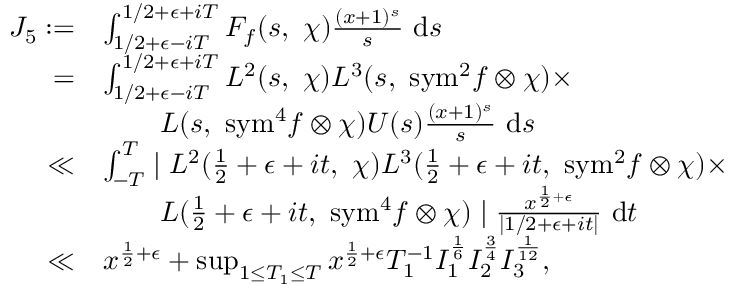
\begin{array} { r l } { J _ { 5 } : = } & { \int _ { 1 / 2 + \epsilon - i T } ^ { 1 / 2 + \epsilon + i T } F _ { f } ( s , \ \chi ) \frac { ( x + 1 ) ^ { s } } { s } \ \mathrm { d } s } \\ { = } & { \int _ { 1 / 2 + \epsilon - i T } ^ { 1 / 2 + \epsilon + i T } L ^ { 2 } ( s , \ \chi ) L ^ { 3 } ( s , \ { \mathrm { s y m } ^ { 2 } } f \otimes \chi ) \times } \\ & { \qquad L ( s , \ \mathrm { { s y m } } ^ { 4 } f \otimes \chi ) U ( s ) \frac { ( x + 1 ) ^ { s } } { s } \ \mathrm { d } s } \\ { \ll } & { \int _ { - T } ^ { T } \mid L ^ { 2 } ( \frac { 1 } { 2 } + \epsilon + i t , \ \chi ) L ^ { 3 } ( \frac { 1 } { 2 } + \epsilon + i t , \ { \mathrm { s y m } } ^ { 2 } f \otimes \chi ) \times } \\ & { \qquad L ( \frac { 1 } { 2 } + \epsilon + i t , \ { \mathrm { s y m } } ^ { 4 } f \otimes \chi ) \mid \frac { x ^ { \frac { 1 } { 2 } + \epsilon } } { \mid 1 / 2 + \epsilon + i t \mid } \ \mathrm { d } t } \\ { \ll } & { x ^ { \frac { 1 } { 2 } + \epsilon } + \operatorname* { s u p } _ { 1 \leq T _ { 1 } \leq T } x ^ { \frac { 1 } { 2 } + \epsilon } T _ { 1 } ^ { - 1 } I _ { 1 } ^ { \frac { 1 } { 6 } } I _ { 2 } ^ { \frac { 3 } { 4 } } I _ { 3 } ^ { \frac { 1 } { 1 2 } } , } \end{array}